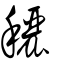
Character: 穲